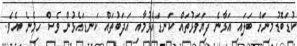
ކުޑަބޮޑުމިނަށް ބަލައި އަޅާނެ ފިޔަވަޅުތައް ކަނޑައެޅުމާއި އަދަބުތައް ކަނޑައެޅުން ވެސް ހިމެނެ އެވެ.